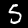
Label: 5